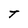
Character: T